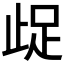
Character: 𭭤